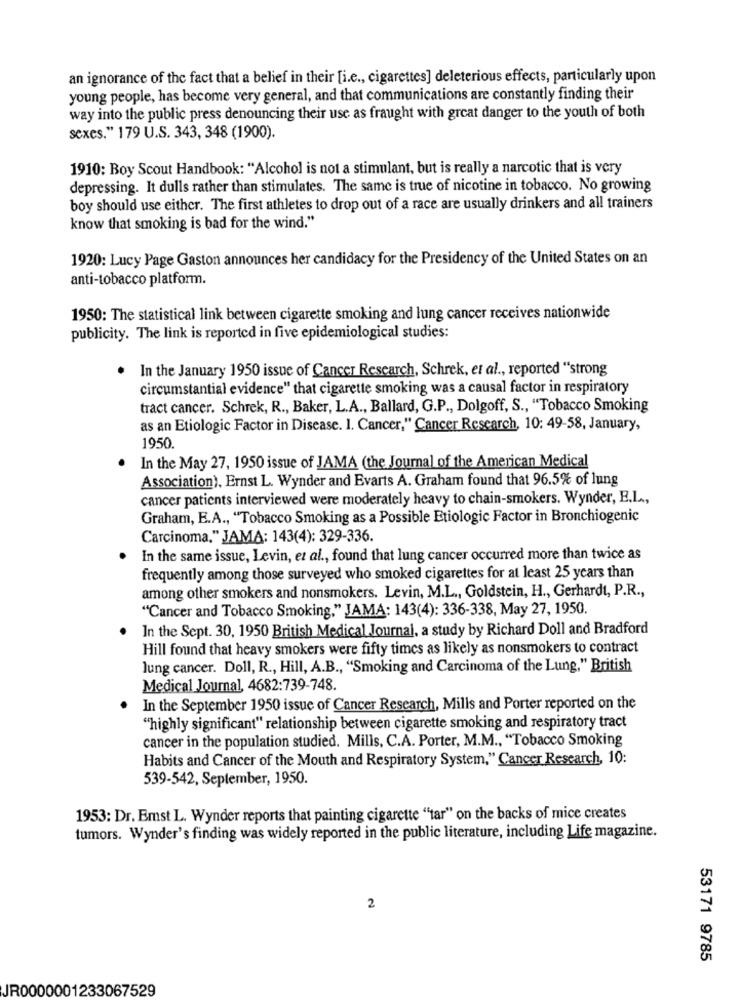
an ignorance of the fact that a belief in their [i.e ., cigarettes] deleterious effects, particularly upon
young people, has become very general, and that communications are constantly finding their
way into the public press denouncing their use as fraught with great danger to the youth of both
sexes." 179 U.S. 343, 348 (1900).
1910: Boy Scout Handbook: "Alcohol is not a stimulant, but is really a narcotic that is very
depressing. It dulls rather than stimulates. The same is true of nicotine in tobacco. No growing
boy should use either. The first athletes to drop out of a race are usually drinkers and all trainers
know that smoking is bad for the wind."
1920: Lucy Page Gaston announces her candidacy for the Presidency of the United States on an
anti-tobacco platform.
1950: The statistical link between cigarette smoking and lung cancer receives nationwide
publicity. The link is reported in five epidemiological studies:
. In the January 1950 issue of Cancer Research, Schrek, et al ., reported "strong
circumstantial evidence" that cigarette smoking was a causal factor in respiratory
tract cancer. Schrek, R ., Baker, L.A ., Ballard, G.P ., Dolgoff, S ., "Tobacco Smoking
as an Etiologic Factor in Disease. I. Cancer," Cancer Research, 10: 49-58, January,
1950.
In the May 27, 1950 issue of JAMA (the Journal of the American Medical
Association), Ernst L. Wynder and Evarts A. Graham found that 96.5% of lung
cancer patients interviewed were moderately heavy to chain-smokers. Wynder, E.L .,
Graham, E.A ., "Tobacco Smoking as a Possible Etiologic Factor in Bronchiogenic
Carcinoma," JAMA: 143(4): 329-336.
In the same issue, Levin, et al ., found that lung cancer occurred more than twice as
frequently among those surveyed who smoked cigarettes for at least 25 years than
among other smokers and nonsmokers. Levin, M.L ., Goldstein, H ., Gerhardt, P.R .,
"Cancer and Tobacco Smoking." JAMA: 143(4): 336-338, May 27, 1950.
In the Sept. 30, 1950 British Medical Journal, a study by Richard Doll and Bradford
Hill found that heavy smokers were fifty times as likely as nonsmokers to contract
lung cancer. Doll, R ., Hill, A.B ., "Smoking and Carcinoma of the Lung," British
Medical Journal, 4682:739-748.
. In the September 1950 issue of Cancer Research, Mills and Porter reported on the
"highly significant" relationship between cigarette smoking and respiratory tract
cancer in the population studied. Mills, C.A. Porter, M.M ., "Tobacco Smoking
Habits and Cancer of the Mouth and Respiratory System," Cancer Research, 10:
539-542, September, 1950.
1953: Dr. Emst L. Wynder reports that painting cigarette ""tar" on the backs of mice creates
tumors. Wynder's finding was widely reported in the public literature, including Life magazine.
2
53171 9785
JR0000001233067529